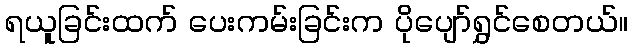
ရယူခြင်းထက် ပေးကမ်းခြင်းက ပိုပျော်ရွှင်စေတယ်။